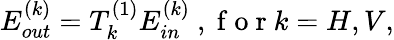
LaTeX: E_{out}^{(k)}=T_{k}^{(1)}E_{in}^{(k)}\mathrm{~,~f~o~r~}k=H,V,